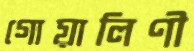
গোয়ালিণী